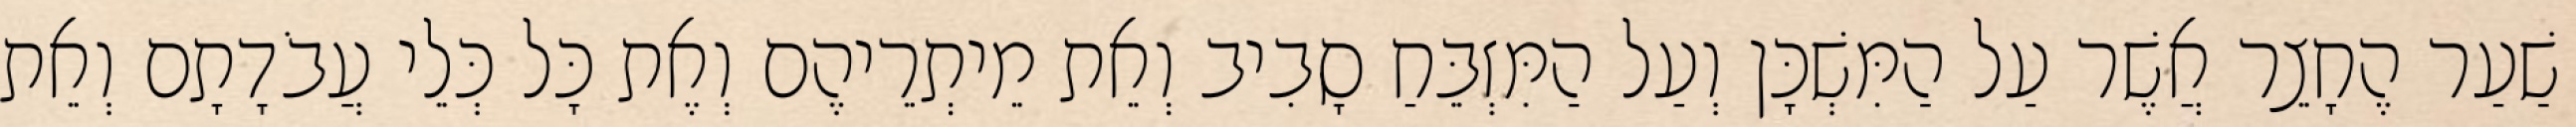
שַׁעַר הֶחָצֵר אֲשֶׁר עַל הַמִּשְׁכָּן וְעַל הַמִּזְבֵּחַ סָבִיב וְאֵת מֵיתְרֵיהֶם וְאֶת כָּל כְּלֵי עֲבֹדָתָם וְאֵת